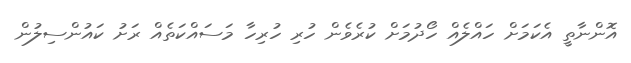
އޮންނާތީ އެކަމަށް ހައްލެއް ހޯދުމަށް ކުރެވެން ހުރި ހުރިހާ މަސައްކަތެއް ރަށު ކައުންސިލުން